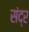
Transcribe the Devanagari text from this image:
संद्र